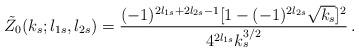
LaTeX: \begin{align*}\tilde Z_0(k_s;l_{1s},l_{2s})=\frac{(-1)^{2l_{1s}+2l_{2s}-1}[1-(-1)^{2l_{2s}}\sqrt{k_s}]^2}{4^{2l_{1s}}k_s^{3/2}}\,.\end{align*}